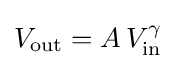
V_{\text{out}}=A\,V_{\text{in}}^{\gamma }